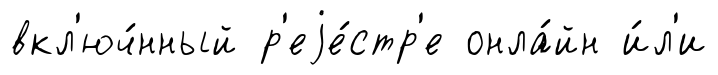
вкл'юч́нный р'еjе́стр'е онла́йн и́л'и